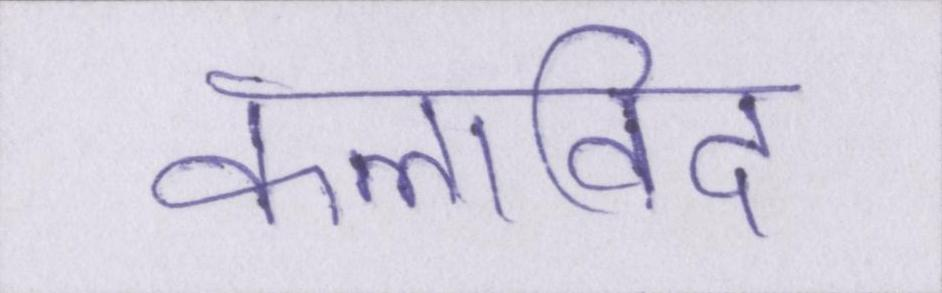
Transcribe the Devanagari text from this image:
कलाविद